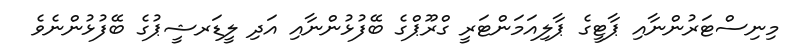
މިނިސްޓަރުންނާއި ޕާޓީގެ ޕާލިއަމަންޓަރީ ގްރޫޕްގެ ބޭފުޅުންނާއި އަދި ލީޑަރޝީޕުގެ ބޭފުޅުންނެވެ